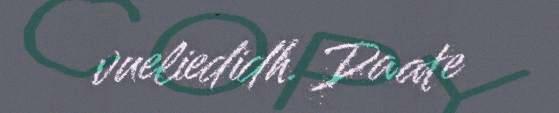
vueliedidh. Daate